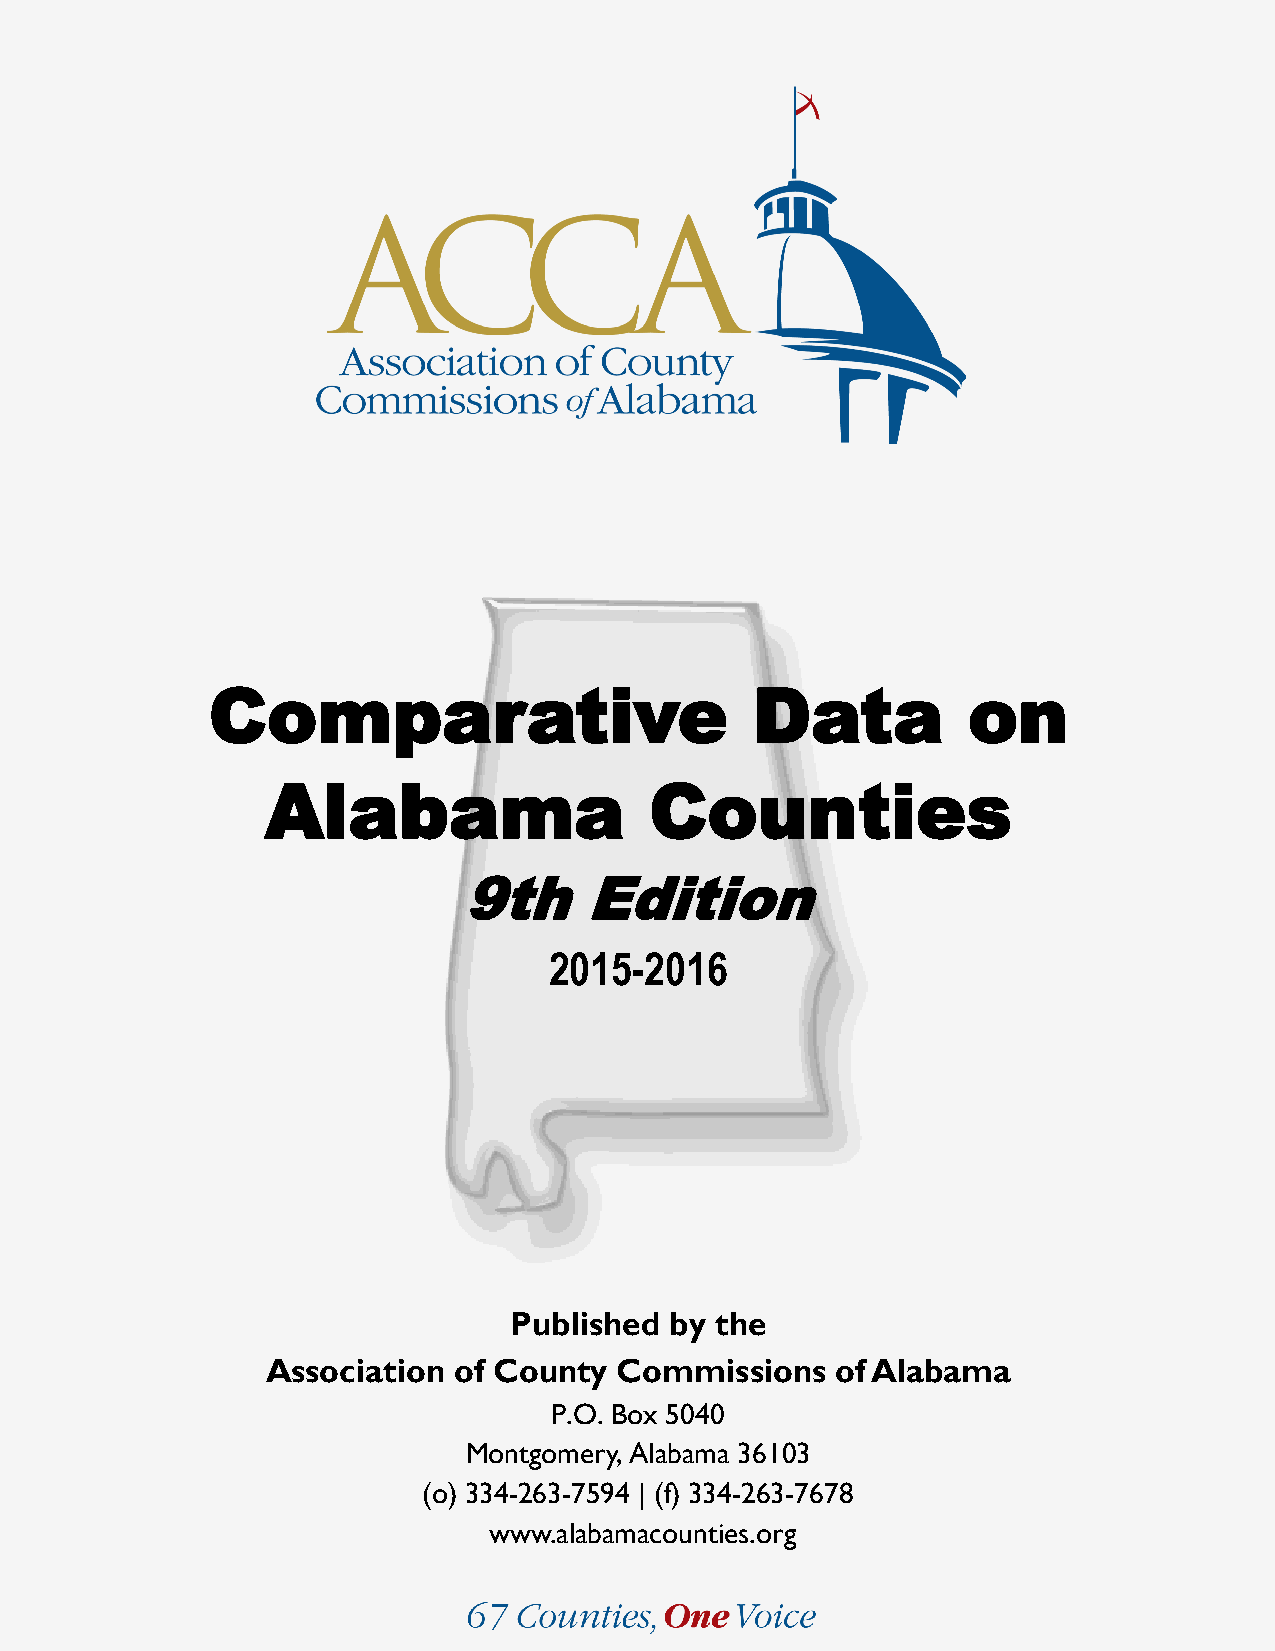
Comparative                         Data          on
 Alabama                  Counties
 9th     Edition
 2015-2016
 Published by the
 Association of County  Commissions   of Alabama
 P.O. Box 5040
 Montgomery, Alabama 36103
 (o) 334-263-7594 | (f) 334-263-7678
 www.alabamacounties.org